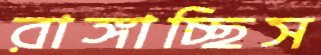
রাঙ্গাচ্ছিস